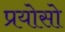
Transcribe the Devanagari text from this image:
प्रयोसो